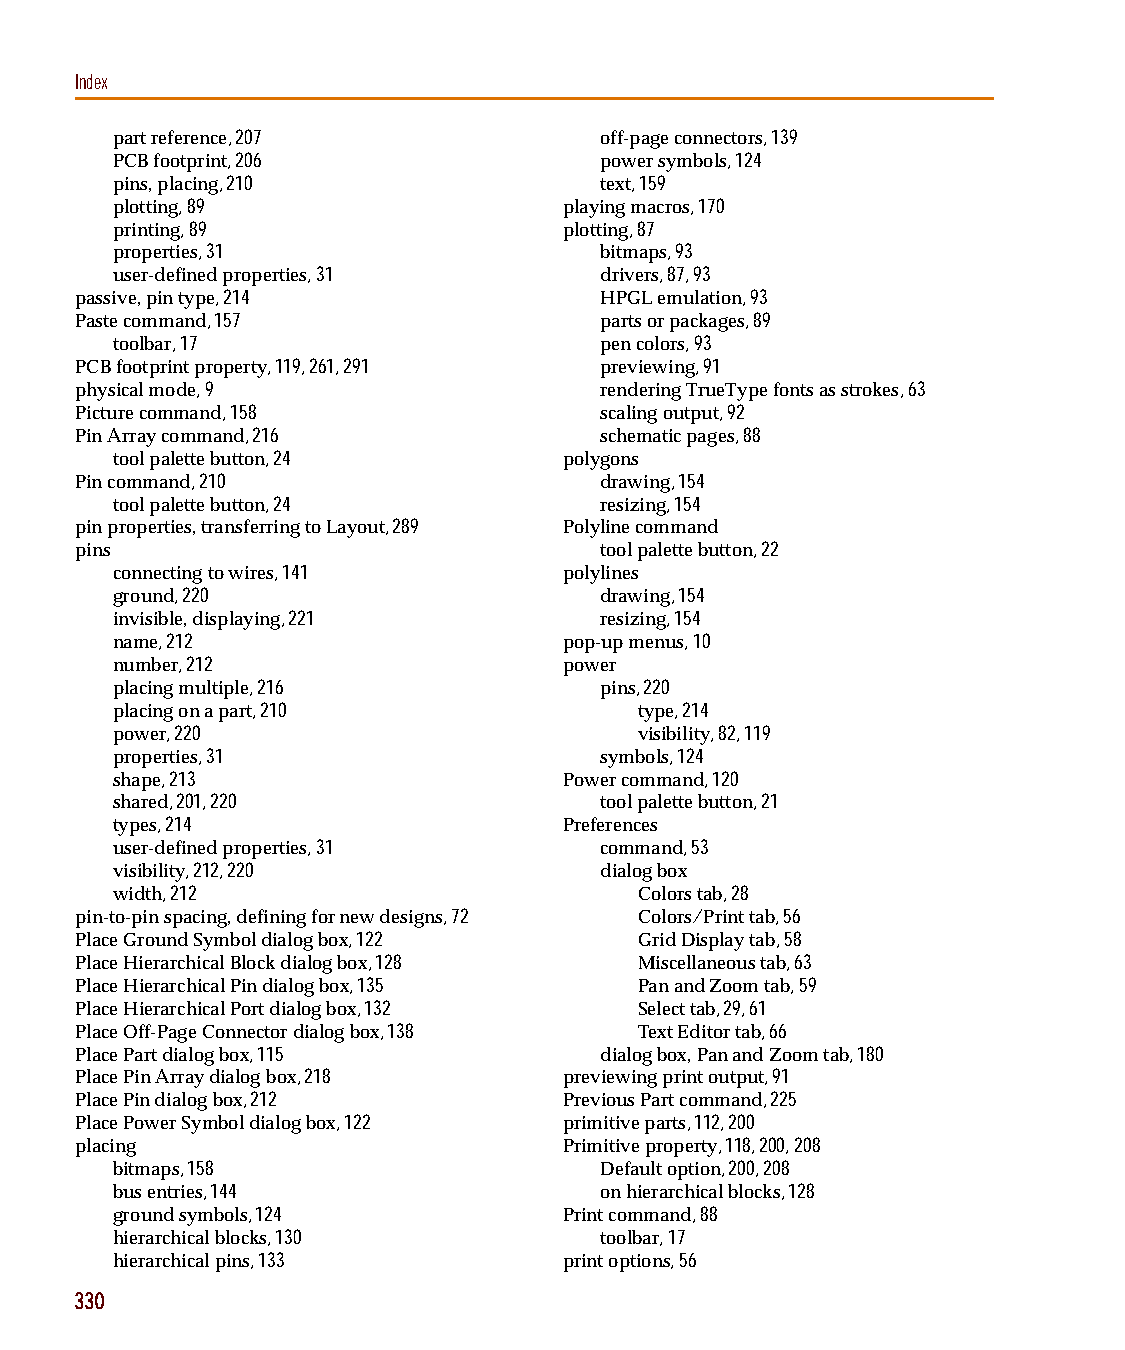
capug.book Page 330 Thursday, November 12, 1998 3:38 PM
 Index
 part reference, 207              off-page connectors, 139
 PCB footprint, 206               power symbols, 124
 pins, placing, 210               text, 159
 plotting, 89                  playing macros, 170
 printing, 89                  plotting, 87
 properties, 31                   bitmaps, 93
 user-defined properties, 31      drivers, 87, 93
 passive, pin type, 214             HPGL emulation, 93
 Paste command, 157                 parts or packages, 89
 toolbar, 17                      pen colors, 93
 PCB footprint property, 119, 261, 291 previewing, 91
 physical mode, 9                   rendering TrueType fonts as strokes, 63
 Picture command, 158               scaling output, 92
 Pin Array command, 216             schematic pages, 88
 tool palette button, 24       polygons
 Pin command, 210                   drawing, 154
 tool palette button, 24          resizing, 154
 pin properties, transferring to Layout, 289 Polyline command
 pins                               tool palette button, 22
 connecting to wires, 141      polylines
 ground, 220                      drawing, 154
 invisible, displaying, 221       resizing, 154
 name, 212                     pop-up menus, 10
 number, 212                   power
 placing multiple, 216            pins, 220
 placing on a part, 210             type, 214
 power, 220                         visibility, 82, 119
 properties, 31                   symbols, 124
 shape, 213                    Power command, 120
 shared, 201, 220                 tool palette button, 21
 types, 214                    Preferences
 user-defined properties, 31      command, 53
 visibility, 212, 220             dialog box
 width, 212                         Colors tab, 28
 pin-to-pin spacing, defining for new designs, 72 Colors/Print tab, 56
 Place Ground Symbol dialog box, 122  Grid Display tab, 58
 Place Hierarchical Block dialog box, 128 Miscellaneous tab, 63
 Place Hierarchical Pin dialog box, 135 Pan and Zoom tab, 59
 Place Hierarchical Port dialog box, 132 Select tab, 29, 61
 Place Off-Page Connector dialog box, 138 Text Editor tab, 66
 Place Part dialog box, 115         dialog box, Pan and Zoom tab, 180
 Place Pin Array dialog box, 218 previewing print output, 91
 Place Pin dialog box, 212       Previous Part command, 225
 Place Power Symbol dialog box, 122 primitive parts, 112, 200
 placing                         Primitive property, 118, 200, 208
 bitmaps, 158                     Default option, 200, 208
 bus entries, 144                 on hierarchical blocks, 128
 ground symbols, 124           Print command, 88
 hierarchical blocks, 130         toolbar, 17
 hierarchical pins, 133        print options, 56
 330